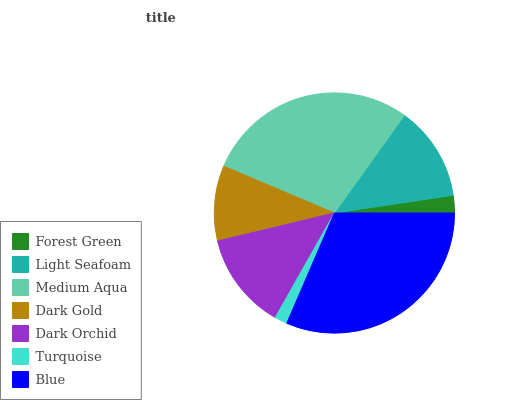
| Forest Green | Light Seafoam | Medium Aqua | Dark Gold | Dark Orchid | Turquoise | Blue |
 | --- | --- | --- | --- | --- | --- | --- |
 | 2.36% | 12.8% | 28.5% | 10.1% | 13.1% | 1.7% | 31.5% |